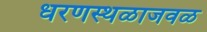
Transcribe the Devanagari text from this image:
धरणस्थळाजवळ